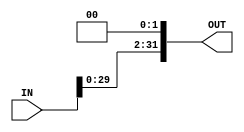
module shift 
(
    input  [31:0] IN,
    output reg [31:0] OUT
);

always @(*) begin
    OUT = IN <<2;
end

endmodule